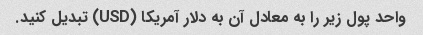
واحد پول زیر را به معادل آن به دلار آمریکا (USD) تبدیل کنید.